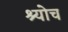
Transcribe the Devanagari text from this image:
श्योच